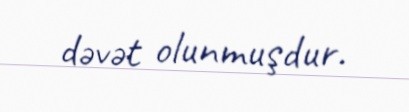
dəvət olunmuşdur.